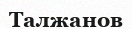
Талжанов